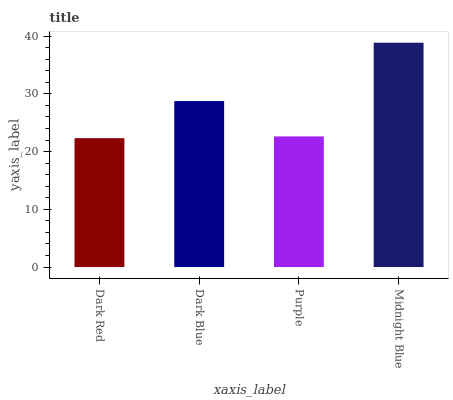
| xaxis_label | bars |
 | --- | --- |
 | Dark Red | 22.3 |
 | Dark Blue | 28.8 |
 | Purple | 22.6 |
 | Midnight Blue | 38.9 |